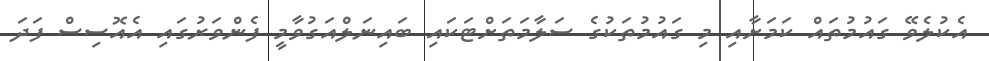
އެކުލެވޭ ގައުމުތައް ކަމަށާއި މި ގައުމުތަކުގެ ސަލާމަތަށްޓަކައި ބައިނަލްއަގުވާމީ ފެންވަރުގައި އެއޮސިސް ފަދަ